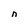
Character: n